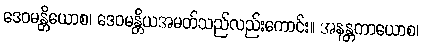
ဒေဝမန္တိယောစ၊ ဒေဝမန္တိယအမတ်သည်လည်းကောင်း။ အနန္တကာယောစ၊